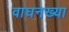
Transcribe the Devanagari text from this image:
वाघनख्या